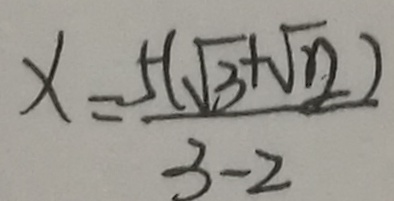
x = \frac { 5 ( \sqrt { 3 } + \sqrt { n } ) } { 3 - 2 }